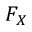
F _ { X }